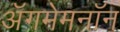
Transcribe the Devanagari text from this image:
अॅगमेमनॉन